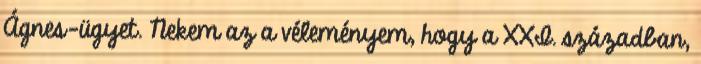
Ágnes-ügyet. Nekem az a véleményem, hogy a XXI. században,